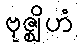
ဗုဇ္ဈိဟံ